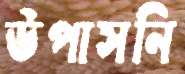
উপাসনি